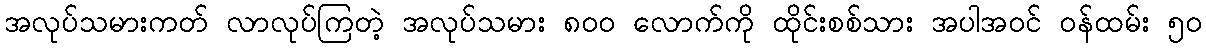
အလုပ်သမားကတ် လာလုပ်ကြတဲ့ အလုပ်သမား ၈၀၀ လောက်ကို ထိုင်းစစ်သား အပါအဝင် ဝန်ထမ်း ၅၀